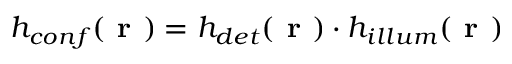
h _ { c o n f } ( \textbf { r } ) = h _ { d e t } ( \textbf { r } ) \cdot h _ { i l l u m } ( \textbf { r } )